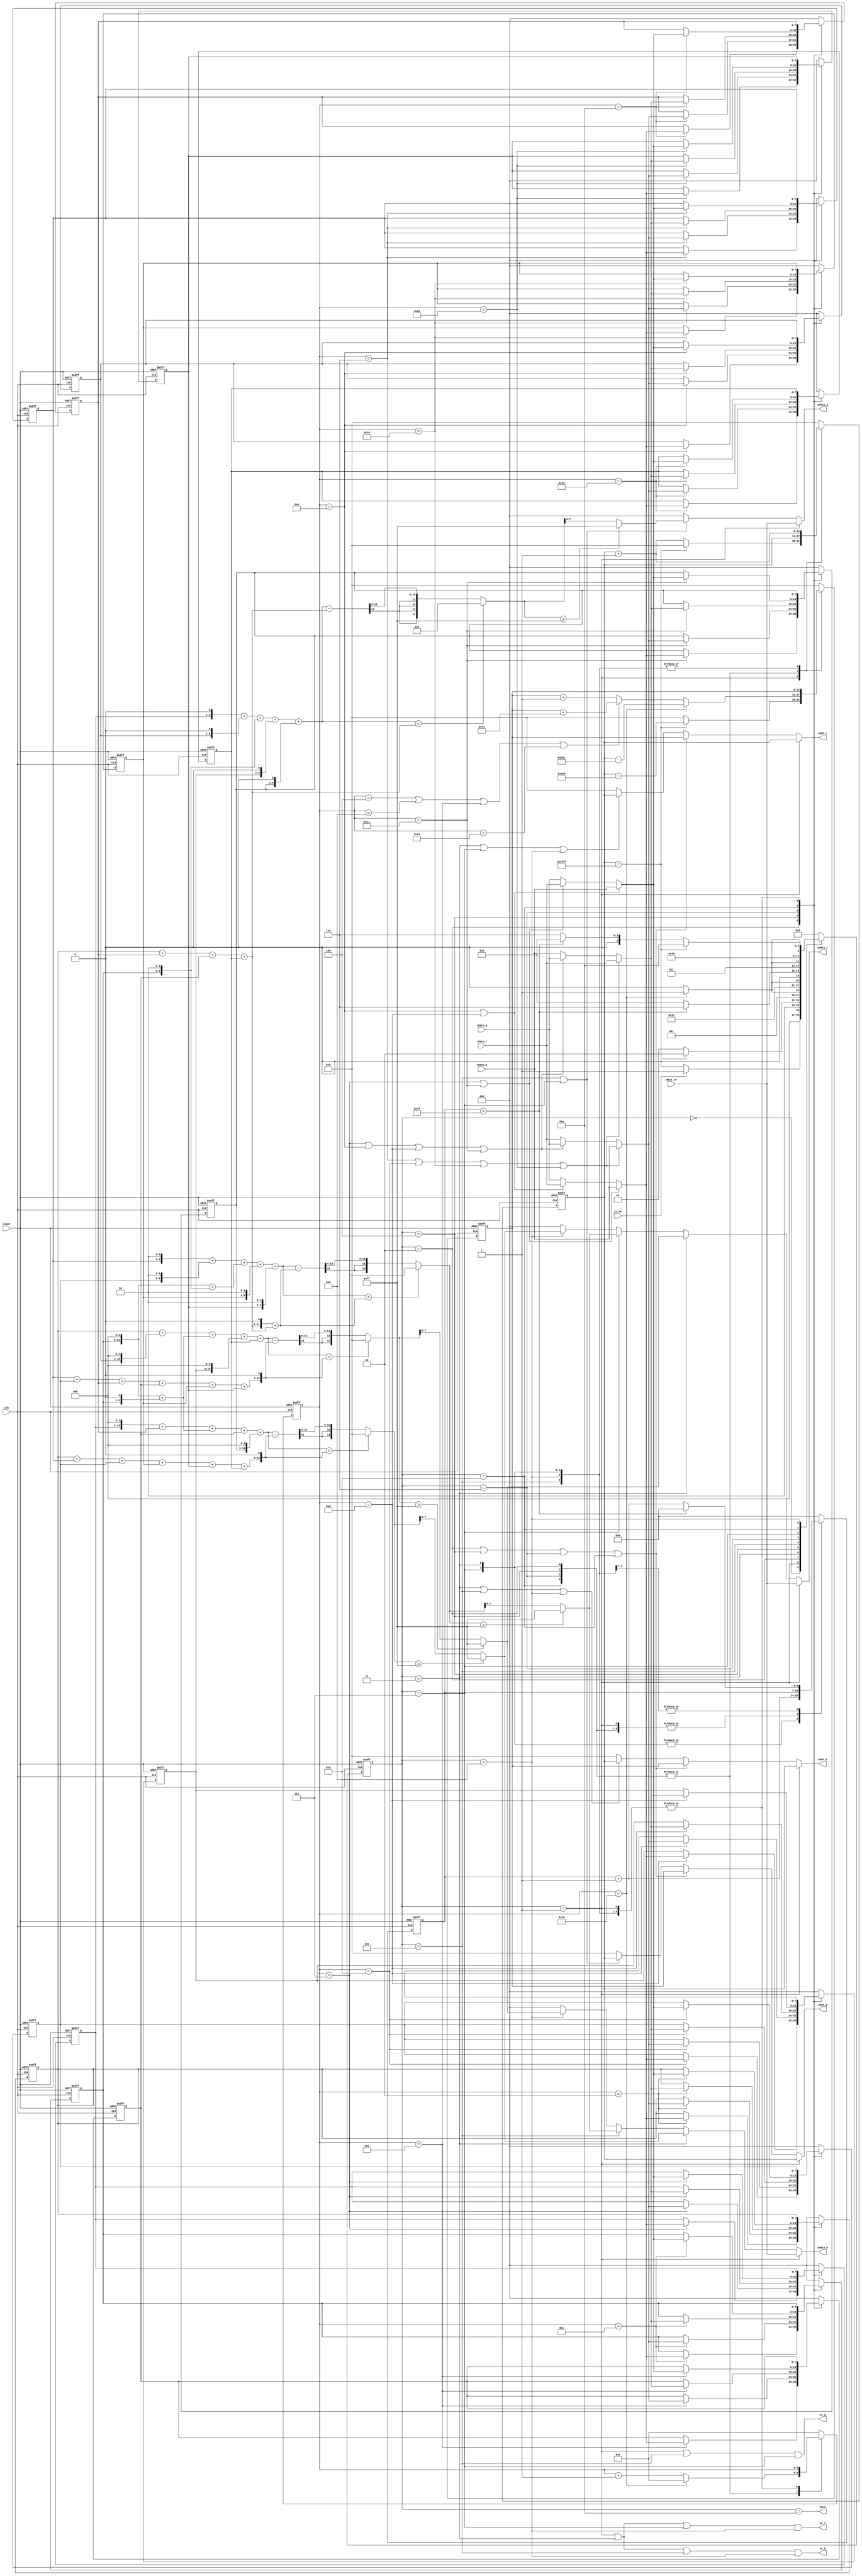
module demosaic(clk, reset, in_en, data_in, wr_r, addr_r, wdata_r, rdata_r, wr_g, addr_g, wdata_g, rdata_g, wr_b, addr_b, wdata_b, rdata_b, done);
input clk;
input reset;
input in_en;
input [7:0] data_in;
output wr_r;
output reg[13:0] addr_r;
output reg[7:0] wdata_r;
input [7:0] rdata_r;
output wr_g;
output reg[13:0] addr_g;
output reg[7:0] wdata_g;
input [7:0] rdata_g;
output wr_b;
output reg[13:0] addr_b;
output reg[7:0] wdata_b;
input [7:0] rdata_b;
output done;

parameter Init = 4'd0;
parameter Store_data = 4'd1;
parameter kernel_A = 4'd2;
parameter caseA = 4'd3;
parameter kernel_B = 4'd4;
parameter caseB = 4'd5;
parameter kernel_C = 4'd6;
parameter caseC = 4'd7;
parameter kernel_D = 4'd8;
parameter caseD = 4'd9;
parameter Done = 4'd10;
integer i;

reg[3:0]cs,ns;
reg[13:0]pattern_cnt,kernel_read_addr;
reg[6:0]row_cnt;
reg[4:0]kernel_cnt;
reg[7:0]kernel [24:0];

always @(posedge clk or posedge reset) 
if(reset)
    cs <= 4'd0;
else
    cs <= ns;

always@(*)
case(cs)
    Init:       ns = (in_en)? Store_data : Init;
    Store_data: ns = (pattern_cnt == 14'd16383)? kernel_A : Store_data;
    kernel_A:   ns = (kernel_cnt == 5'd24)? caseA : kernel_A;
    caseA:      ns = kernel_B;
    kernel_B:   ns = (kernel_cnt == 5'd24)? caseB : kernel_B;
    caseB:      ns = (row_cnt == 7'd127)? kernel_C : kernel_A;
    kernel_C:   ns = (kernel_cnt == 5'd24)? caseC : kernel_C;
    caseC:      ns = kernel_D;
    kernel_D:   ns = (kernel_cnt == 5'd24)? caseD : kernel_D;
    caseD:      ns = (pattern_cnt == 14'd16383)? Done : (row_cnt == 7'd127)? kernel_A : kernel_C;
    Done:       ns = Init;
    default:    ns = Init;
endcase

always@(posedge clk or posedge reset)
if(reset)
    begin
        pattern_cnt <= 14'd0; 
        row_cnt <= 7'd0;
        kernel_cnt <= 5'd0;
        for(i=0;i<25;i=i+1)
            kernel[i] <= 8'd0;
        kernel_read_addr <= 14'd0;
    end
else
    case(cs)
        Init:
            begin
                pattern_cnt <= 14'd0; 
                row_cnt <= 7'd0;
                kernel_cnt <= 5'd0;
                for(i=0;i<25;i=i+1)
                    kernel[i] <= 8'd0;
                kernel_read_addr <= 14'd0;
            end
        Store_data:
            begin
                pattern_cnt <= (pattern_cnt == 14'd16383)? 14'd0 : pattern_cnt + 14'd1;
                kernel_read_addr <= (pattern_cnt == 14'd16383)? pattern_cnt - 14'd258 : 14'd0;
            end
        kernel_A:
            begin
                kernel_cnt <= (kernel_cnt == 5'd24)? 5'd0 : kernel_cnt + 5'd1;
                kernel[kernel_cnt] <= ((kernel_cnt==5'd7)||(kernel_cnt==5'd17))? rdata_b : ((kernel_cnt==5'd11)||(kernel_cnt==5'd13))? rdata_r : rdata_g;
                kernel_read_addr <=  (kernel_cnt==5'd24)? pattern_cnt - 14'd257 : (kernel_cnt==5'd4 || kernel_cnt==5'd9 || kernel_cnt==5'd14 || kernel_cnt==5'd19)? kernel_read_addr +  14'd124 : kernel_read_addr + 14'd1;
            end
        caseA:
            begin
                row_cnt <= row_cnt + 7'd1;
                pattern_cnt <= pattern_cnt + 14'd1;
            end
        kernel_B:
            begin
                kernel_cnt <= (kernel_cnt == 5'd24)? 5'd0 : kernel_cnt + 5'd1;
                kernel[kernel_cnt] <= ((kernel_cnt==5'd6)||(kernel_cnt==5'd8)||(kernel_cnt==5'd16)||(kernel_cnt==5'd18))? rdata_b :
                                      ((kernel_cnt==5'd7)||(kernel_cnt==5'd11)||(kernel_cnt==5'd13)||(kernel_cnt==5'd17))? rdata_g : rdata_r;
                kernel_read_addr <=  (kernel_cnt==5'd24)? pattern_cnt - 14'd257 : (kernel_cnt==5'd4 || kernel_cnt==5'd9 || kernel_cnt==5'd14 || kernel_cnt==5'd19)? kernel_read_addr +  14'd124 : kernel_read_addr + 14'd1;
            end
        caseB:   
            begin
                row_cnt <= (row_cnt == 7'd127)? 7'd0 : row_cnt + 7'd1;
                pattern_cnt <= pattern_cnt + 14'd1;
            end
        kernel_C:
            begin
                kernel_cnt <= (kernel_cnt == 5'd24)? 5'd0 : kernel_cnt + 5'd1;
                kernel[kernel_cnt] <= ((kernel_cnt==5'd6)||(kernel_cnt==5'd8)||(kernel_cnt==5'd16)||(kernel_cnt==5'd18))? rdata_r :
                                      ((kernel_cnt==5'd7)||(kernel_cnt==5'd11)||(kernel_cnt==5'd13)||(kernel_cnt==5'd17))? rdata_g : rdata_b;
                kernel_read_addr <=  (kernel_cnt==5'd24)? pattern_cnt - 14'd257 : (kernel_cnt==5'd4 || kernel_cnt==5'd9 || kernel_cnt==5'd14 || kernel_cnt==5'd19)? kernel_read_addr +  14'd124 : kernel_read_addr + 14'd1;
            end
        caseC: 
            begin
                row_cnt <= row_cnt + 7'd1;
                pattern_cnt <= pattern_cnt + 14'd1;
            end  
        kernel_D:
            begin
                kernel_cnt <= (kernel_cnt == 5'd24)? 5'd0 : kernel_cnt + 5'd1;
                kernel[kernel_cnt] <= ((kernel_cnt==5'd11)||(kernel_cnt==5'd13))? rdata_b : ((kernel_cnt==5'd7)||(kernel_cnt==5'd17))? rdata_r : rdata_g;
                kernel_read_addr <=  (kernel_cnt==5'd24)? pattern_cnt - 14'd257 : (kernel_cnt==5'd4 || kernel_cnt==5'd9 || kernel_cnt==5'd14 || kernel_cnt==5'd19)? kernel_read_addr +  14'd124 : kernel_read_addr + 14'd1;
            end
        caseD: 
            begin
                row_cnt <= (row_cnt == 7'd127)? 7'd0 : row_cnt + 7'd1;
                pattern_cnt <= pattern_cnt + 14'd1;
            end  
        default:
            begin
                pattern_cnt <= 14'd0; 
                row_cnt <= 7'd0;
                kernel_cnt <= 5'd0;
                for(i=0;i<25;i=i+1)
                    kernel[i] <= 8'd0;
                kernel_read_addr <= 14'd0;
            end
    endcase
//---------------------------------------------------------------------------------------
assign wr_r = (cs == Store_data) || (cs == caseA) || (cs == caseC) || (cs == caseD);
assign wr_g = (cs == Store_data) || (cs == caseB) || (cs == caseC);
assign wr_b = (cs == Store_data) || (cs == caseA) || (cs == caseB) || (cs == caseD);

wire[17:0]sum1,sum2,sum3,sum4,sum5,sum6,sum7,sum8;

assign sum1 = ((kernel[2]) + (kernel[11]<<3) + ((kernel[12]<<3) + (kernel[12]<<1)) + (kernel[13]<<3) + (kernel[22]));
assign sum2 = ((kernel[6]+kernel[8]+kernel[10]+kernel[14]+kernel[16]+kernel[18])<<1);

assign sum3 = ((kernel[6]<<2) + (kernel[8]<<2) + ((kernel[12]<<3)+(kernel[12]<<2)) + (kernel[16]<<2) + (kernel[18]<<2));
assign sum4 = (((kernel[2]+kernel[10]+kernel[14]+kernel[22])<<1) + (kernel[2]+kernel[10]+kernel[14]+kernel[22]));

assign sum5 = ((kernel[7]<<3) + (kernel[10]) + ((kernel[12]<<3)+(kernel[12]<<1)) + (kernel[14]) + (kernel[17]<<3));
assign sum6 = ((kernel[2]+kernel[6]+kernel[8]+kernel[16]+kernel[18]+kernel[22])<<1);

assign sum7 = ((kernel[7]<<1) + (kernel[11]<<1) + (kernel[12]<<2) + (kernel[13]<<1) + (kernel[17]<<1));
assign sum8 = (kernel[2]+kernel[10]+kernel[14]+kernel[22]);


wire[17:0]cal_num1,cal_num2,cal_num3,cal_num4; //avoid overflow  
wire[17:0]cal_num11,cal_num22,cal_num33,cal_num44; //avoid overflow  

assign cal_num11 = (sum1 < sum2)? 18'd0 : (sum1 - sum2) >> 4;
assign cal_num22 = (sum3 < sum4)? 18'd0 : (sum3 - sum4) >> 4;
assign cal_num33 = (sum5 < sum6)? 18'd0 : (sum5 - sum6) >> 4;
assign cal_num44 = (sum7 < sum8)? 18'd0 : (sum7 - sum8) >> 3;  

assign cal_num1 =  (cal_num11>=18'd255)? 18'd255 : cal_num11;
assign cal_num2 =  (cal_num22>=18'd255)? 18'd255 : cal_num22;
assign cal_num3 =  (cal_num33>=18'd255)? 18'd255 : cal_num33;
assign cal_num4 =  (cal_num44>=18'd255)? 18'd255 : cal_num44;

always@(*)
if(cs == Store_data)
    wdata_r = data_in; 
else if(cs == caseA)
    wdata_r = cal_num1[7:0];
else if(cs == caseC)
    wdata_r = cal_num2[7:0];
else if(cs == caseD)
    wdata_r = cal_num3[7:0];
else
    wdata_r = 8'd0;

always@(*)
if(cs == Store_data)
    wdata_g = data_in; 
else if((cs == caseB) || (cs == caseC))
    wdata_g = cal_num4[7:0];
else 
    wdata_g = 8'd0;

always@(*)
if(cs == Store_data)
    wdata_b = data_in; 
else if(cs == caseA)
    wdata_b = cal_num3[7:0];
else if(cs == caseB)
    wdata_b = cal_num2[7:0];
else if(cs == caseD)
    wdata_b = cal_num1[7:0];
else 
    wdata_b = 8'd0;
//-----------------------------------------------------------------------------------

always@(*)
if(cs == Store_data)
    addr_r = pattern_cnt;
else if((cs == kernel_A) || (cs == kernel_B) || (cs == kernel_C) || (cs == kernel_D))
    addr_r = kernel_read_addr;
else if((cs == caseA) || (cs == caseC) || (cs == caseD))
    addr_r = pattern_cnt;
else
    addr_r = 14'd0;

always@(*)
if(cs == Store_data)
    addr_g = pattern_cnt;
else if((cs == kernel_A) || (cs == kernel_B) || (cs == kernel_C) || (cs == kernel_D))
    addr_g = kernel_read_addr;
else if((cs == caseB) || (cs == caseC))
    addr_g = pattern_cnt;
else
    addr_g = 14'd0;

always@(*)
if(cs == Store_data)
    addr_b = pattern_cnt;
else if((cs == kernel_A) || (cs == kernel_B) || (cs == kernel_C) || (cs == kernel_D))
    addr_b = kernel_read_addr;
else if((cs == caseA) || (cs == caseB) || (cs == caseD))
    addr_b = pattern_cnt;
else
    addr_b = 14'd0;


assign done = (cs==Done);

endmodule